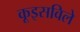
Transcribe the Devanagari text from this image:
कूइसविले